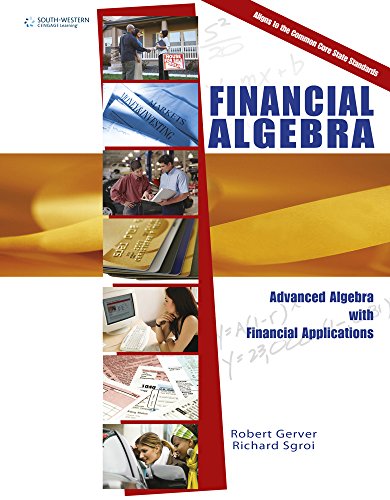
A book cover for Financial Algebra: Advanced Algebra with Financial Applications; Robert Gerver; Business & Money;